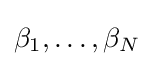
\beta _{1},\ldots ,\beta _{N}